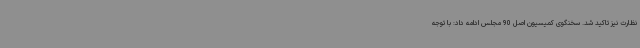
نظارت نیز تاکید شد. سخنگوی کمیسیون اصل 90 مجلس ادامه داد: با توجه